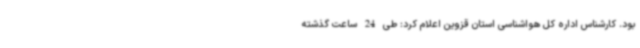
بود. کارشناس اداره کل هواشناسی استان قزوین اعلام کرد: طی 24 ساعت گذشته